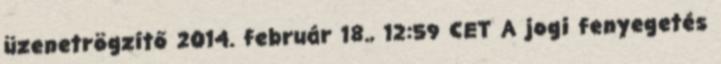
üzenetrögzítő 2014. február 18., 12:59 CET A jogi fenyegetés